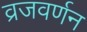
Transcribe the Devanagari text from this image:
व्रजवर्णन